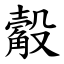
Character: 觳